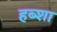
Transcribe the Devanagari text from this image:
हब्शा